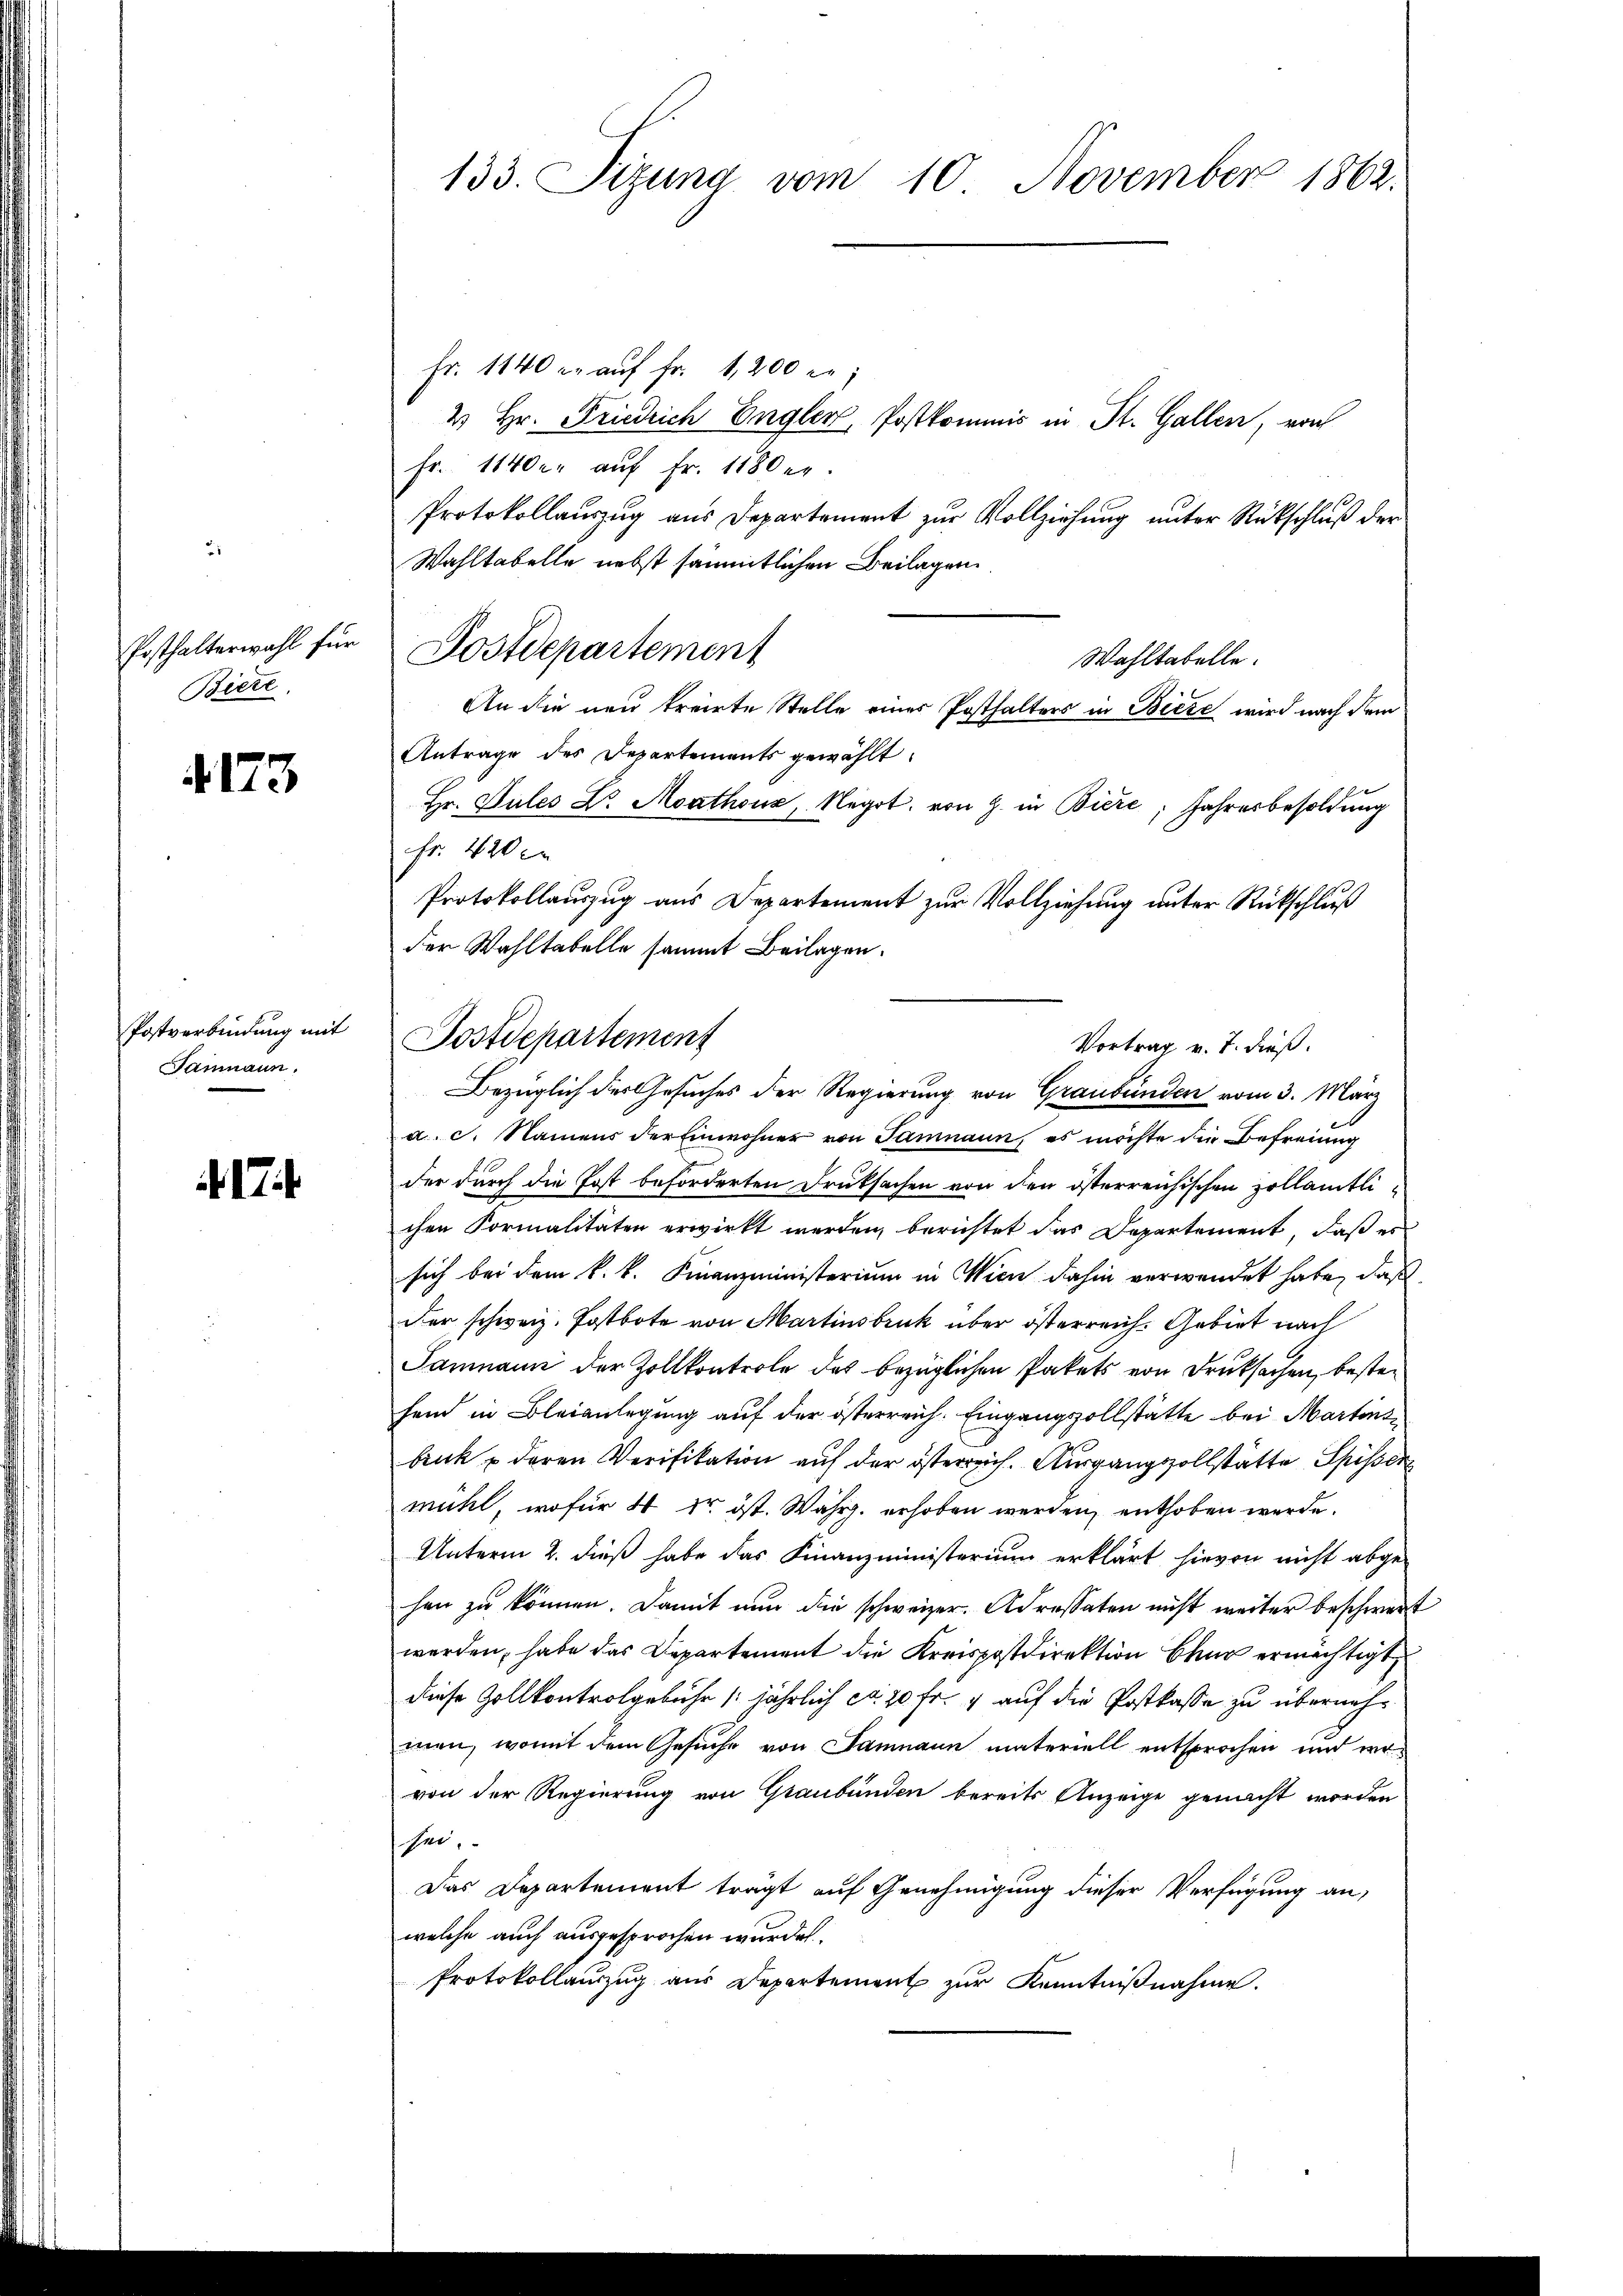
Posthalterwahl für
Biete.

4173

Postverbindung mit
Samnaun.

.

133. Sizung vom 10. November 1862.

Fr. 1140 er aŭf Fr. 1,200 re
2 Hr. Friedrich Engler, Postkommis in St. Gallen, von
Fr. 1140. aŭf Fr. 1180 er.
Protokollauszug aus Departement zur Vollziehung unter Rückschluß der
Wahltabelle nebst sämmtlichen Beilagen.
Postdepartement
Wahltabelle.
An die neu treite Stelle eines Posthalters in Biese wird nach dem
Antrage des Departements gewählt.
Hr. Sules Dr. Acathoux, Negot. von Z. in Biere, Jahresbesoldung
Fr. 420 c
Protokollauszug aus Departement zur Vollziehung unter Rückschluß
der Wahltabelle sammt Beilagen.
a. c. Namens der Einwohner von Samnaun, es möchte die Befreiung
der durch die Post beforderten Druksachen von den österreichischen Zollämtlichen Formalitäten erwirkt werden, berichtet das Departement, daß er
sich bei dem k. k. Finanzministerium in Wien dahin verwendet habe, daß
Der schweiz. Postbote von Martinsbruk über österreich. Gebiet nach
Samnaun der Zollkontrole des bezüglichen Pakets von Druksachen, besteheid in Bleianlegung auf der österreich. Eingangszollstätte bei Martins
bruck deren Verifikation auf der österreich. Ausgangsvollstätte Spisser
müht, wofür 4 dr ist. Währg. erhoben werden, enthoben werde.
Unterm 2. dieß habe das Finanzministerium erklärt hievon nicht abge-
hen zu können. Damit nun die schweizer. Adressaten nicht weiter beschwert
werden, habe das Departement die Kreispostdirektion Chur ermächtigt,
diese Zollkontrolgebühr /:jährlich ca. 20 Fr. 4 auf die Postkasse zu übernehmen, womit dem Gesuche von Samnaun materiell entsprochen und wovon der Regierung von Graubünden bereits Anzeige genacht worden
schen,
Das Departement trägt auf Genehmigung dieser Verfügung an,
welche auch ausgesprochen wurde.
Protokollanzŭg aŭs Departement zur Kenntnißnahme.

Postdepartement
Vortrag v. J. dieß.
Bezüglich der Gesuches der Regierung von Graubünden vom 3. März